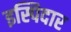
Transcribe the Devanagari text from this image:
इस्पिदार